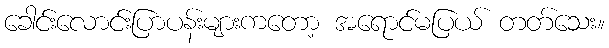
ခေါင်းလောင်းပြာပန်းများကတော့ အရောင်မပြယ် တတ်သေး။